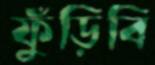
ফুঁড়িবি